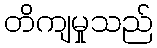
တိကျမှုသည်